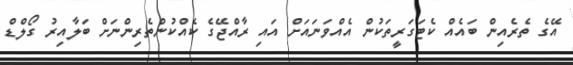
އޭގެ ތެރެއިން ބައެއް ކެޓަގަރީތަކުން އެއްވަނައަށް އައި ރާއްޖޭގެ ކެއްކުންތެރިންނަށް ބަލާއިރު ގޯލްޑް